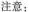
注意：